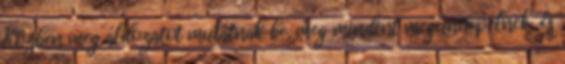
Közben meg áldozatot mutatnak be, meg mindent megünnepelnek, és